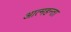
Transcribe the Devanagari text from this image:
आत्महन्ता